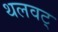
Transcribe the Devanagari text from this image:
थलवट्